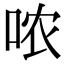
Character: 哝